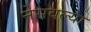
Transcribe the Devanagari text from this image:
नेसवल्या